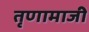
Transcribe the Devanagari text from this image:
तृणामाजी